Bombay plague: being a history of the progress of plague in the Bombay presidency from September 1896 to June 1899
Year: 1896
Disease focus: Plague
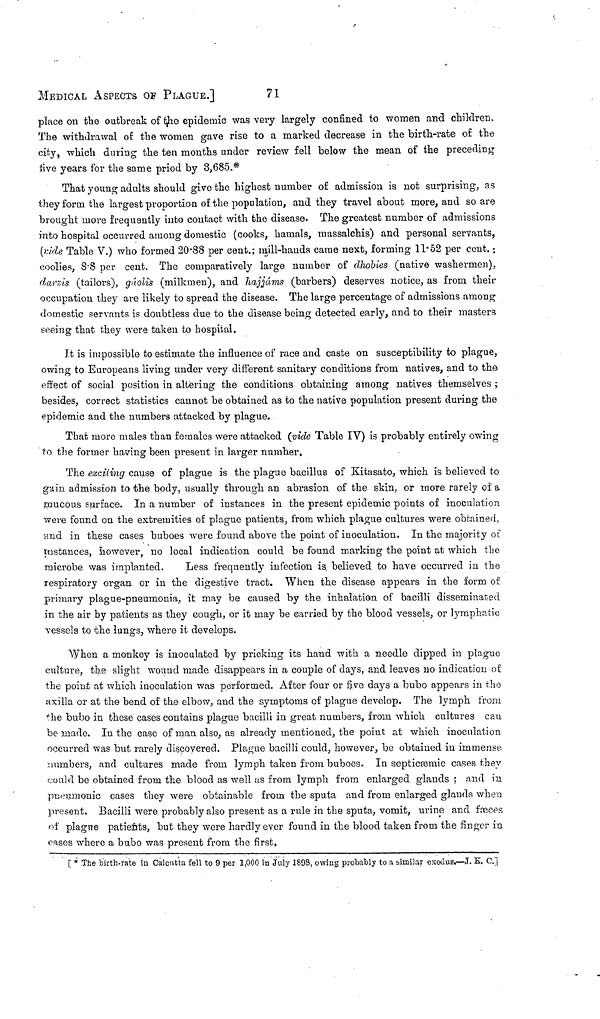
MEDICAL ASPECTS OF PLAGUE.]
71
place on the outbreak of the epidemic was very largely confined to women and children.
The withdrawal of the women gave rise to a marked decrease in the birth-rate of the
city, which during the ten months under review fell below the mean of the preceding
five years for the same priod by 3,685.*
That young adults should give the highest number of admission is not surprising, as
they form the largest proportion of the population, and they travel about more, and so are
brought more frequently into contact with the disease. The greatest number of admissions
into hospital occurred among domestic (cooks, hamals, massalchis) and personal servants,
(vide Table V.) who formed 20 . 88 per cent.: mill-hands came next, forming 11*52 per cent. :
coolies, 8 . 8 per cent. The comparatively large number of dhobies (native washermen),
darzis (tailors), gaolis (milkmen), and hajjáms (barbers) deserves notice, as from their
occupation they are likely to spread the disease. The large percentage of admissions among
domestic servants is doubtless due to the disease being detected early, and to their masters
seeing that they were taken to hospital.
It is impossible to estimate the influence of race and caste on susceptibility to plague,
owing to Europeans living under very different sanitary conditions from natives, and to the
effect of social position in altering the conditions obtaining among natives themselves ;
besides, correct statistics cannot be obtained as to the native population present during the
epidemic and the numbers attacked by plague.
That more males than females were attacked (vide Table IV) is probably entirely owing
to the former having been present in larger number.
The exciting cause of plague is the plague bacillus of Kitasato, which is believed to
gain admission to the body, usually through an abrasion of the skin, or more rarely of a
mucous surface. In a number of instances in the present epidemic points of inoculation
were found on the extremities of plague patients, from which plague cultures were obtained.
and in these cases buboes were found above the point of inoculation. In the majority of
mstances, however, no local indication could be found marking the point at which the
microbe was implanted.
Less frequently infection is believed to have occurred in the
respiratory organ or in the digestive tract. When the disease appears in the form of
primary plague-pneumonia, it may be caused by the inhalation of bacilli disseminated
in the air by patients as they cough, or it may be carried by the blood vessels, or lymphatic
vessels to the lungs, where it develops.
When a monkey is inoculated by pricking its hand with a needle dipped in plague
culture, the slight wound made disappears in a couple of days, and leaves no indication of
the point at which inoculation was performed. After four or five days a bubo appears in the
axilla or at the bend of the elbow, and the symptoms of plague develop. The lymph from
the bubo in these cases contains plague bacilli in great numbers, from which cultures can
be made. In the case of man also, as already mentioned, the point at which inoculation
occurred was but rarely discovered. Plague bacilli could, however, be obtained in immense
members, and cultures made from lymph taken from buboes. In septiœmic cases they
could be obtained from the blood as well as from lymph from enlarged glands ; «and in
pneumonic cases they were obtainable from the sputa and from enlarged glands when
present. Bacilli were probably also present as a rule in the sputa, vomit, urine and fæces
of plague patients, but they were hardly ever found in the blood taken from the finger in
cases where a bubo was present from the first.
[ * The birth-rate in Calcutta fell to 9 per 1,000 in July 1898, owing probably to a similar exodus.—J. K. C.]